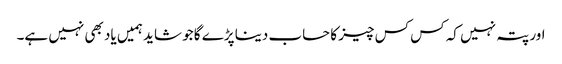
اور پتہ نہیں کہ کس کس چیز کا حساب دینا پڑے گا جو شاید ہمیں یاد بھی نہیں ہے۔